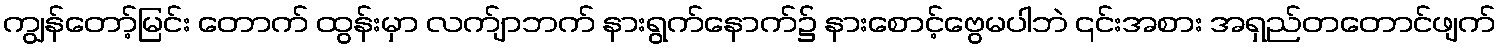
ကျွန်တော့်မြင်း တောက် ထွန်းမှာ လက်ျာဘက် နားရွက်နောက်၌ နားစောင့်ဗွေမပါဘဲ ၎င်းအစား အရှည်တတောင်ဖျက်